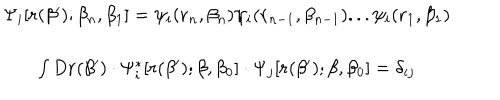
\begin{array} { c } { { \Psi _ { i } [ { \bf r } ( \beta ^ { \prime } ) ; \beta _ { n } , \beta _ { 1 } ] = \psi _ { i } ( { \bf r } _ { n } , \beta _ { n } ) \psi _ { i } ( { \bf r } _ { n - 1 } , \beta _ { n - 1 } ) . . . \psi _ { i } ( { \bf r } _ { 1 } , \beta _ { 1 } ) } } \\ { { \int D { \bf r } ( \beta ^ { \prime } ) \cdot \Psi _ { i } ^ { * } [ { \bf r } ( \beta ^ { \prime } ) ; \beta , \beta _ { 0 } ] \cdot \Psi _ { j } [ { \bf r } ( \beta ^ { \prime } ) ; \beta , \beta _ { 0 } ] = \delta _ { i j } } } \\ \end{array}